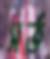
সর্ত